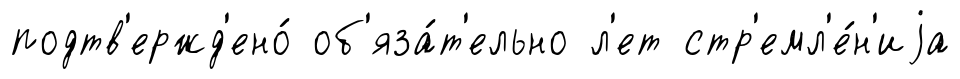
подтв'ержд'ено́ об'яза́т'ельно л'ет стр'емл'е́н'иjа